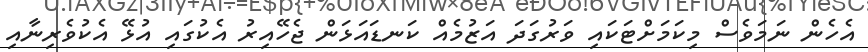
އެހެން ނަމަވެސް މިކަމަށްޓަކައި ވަރުގަދަ އަޒުމެއް ކަނޑައަޅަން ޖެހޭއިރު އެކުގައި އުޅޭ އެކުވެރިނާއި